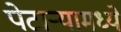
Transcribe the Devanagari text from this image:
पेटाऱ्यामध्ये